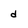
Character: d